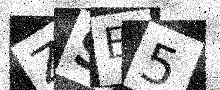
Text: ZSE5